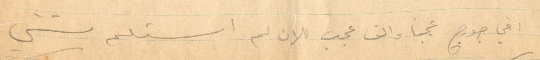
اخي جوج عجبًا والف عجب الان لم استلم شيء